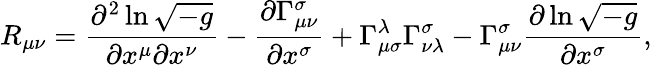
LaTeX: R_{\mu\nu}=\frac{\partial^{2}\ln\sqrt{-g}}{\partial x^{\mu}\partial x^{\nu}}-\frac{\partial\Gamma_{\mu\nu}^{\sigma}}{\partial x^{\sigma}}+\Gamma_{\mu\sigma}^{\lambda}\Gamma_{\nu\lambda}^{\sigma}-\Gamma_{\mu\nu}^{\sigma}\frac{\partial\ln\sqrt{-g}}{\partial x^{\sigma}},